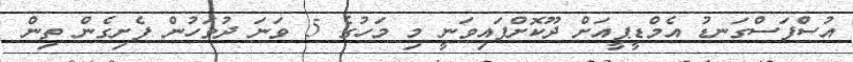
އުސްފަސްގަނޑު އެމްޑީޕީއަށް ދޫކޮށްފައިވަނީ މި މަހުގެ 5 ވަނަ ދުވަހުން ފެށިގެން ތިން